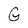
Character: G